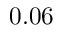
0 . 0 6